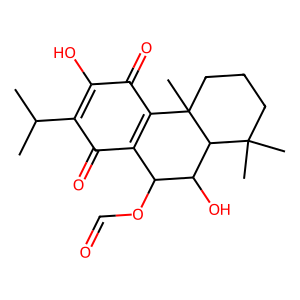
SMILES: CC(C)C1=C(O)C(=O)C2=C(C1=O)C(OC=O)C(O)C1C(C)(C)CCCC21C
Inhibits HIV replication: No